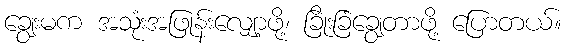
ချွေးမက အသုံးအဖြုန်းလျှော့ဖို့၊ ခြိုးခြံချွေတာဖို့ ပြောတယ်။